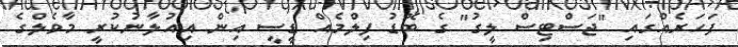
ފަހަރެއްގައި "ޖަސްޓިސް ލީގު" ގެ ބޮޑު ފިލްމެއް ޑީސީ އިން އިއުލާނުކުރީ މާވެލްގެ